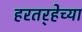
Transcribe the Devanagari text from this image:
हरतर्‍हेच्या